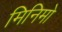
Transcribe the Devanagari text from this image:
मिनिमो